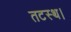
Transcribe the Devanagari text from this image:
तटस्थ।